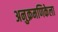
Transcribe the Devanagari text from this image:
अनुक्रमणिकेला